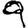
Digit: 9